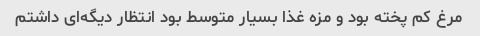
مرغ کم پخته بود و مزه غذا بسیار متوسط بود انتظار دیگه‌ای داشتم